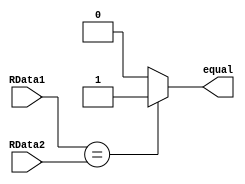
`timescale 1ns / 1ps
module B_Cmp(
    RData1,RData2,equal
    );
    input [31:0] RData1;
    input [31:0] RData2;
    output equal;

    assign equal = (RData1==RData2)?1:0; 

endmodule